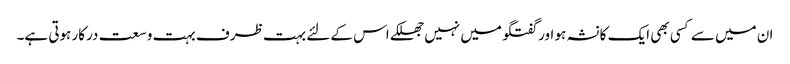
ان میں سے کسی بھی ایک کا نشہ ہو اور گفتگو میں نہیں جھلکے اس کے لئے بہت ظرف بہت وسعت درکار ہوتی ہے۔